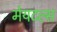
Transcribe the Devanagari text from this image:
मेयटल्स